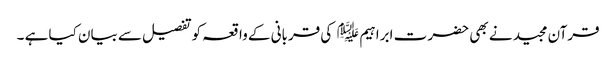
قرآن مجید نے بھی حضر ت ابراہیم ﷤ کی قربانی کے واقعہ کوتفصیل سے بیان کیا ہے ۔